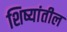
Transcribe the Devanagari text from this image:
शिष्यांतील